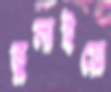
ভুলাইয়ো